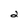
Character: 2